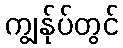
ကျွန်ုပ်တွင်